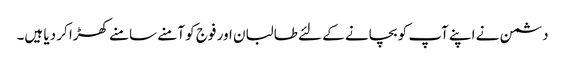
دشمن نے اپنے آپ کو بچانے کے لئے طالبان اور فوج کو آمنے سامنے کھڑا کر دیا ہیں۔